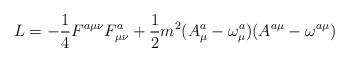
\begin{align*}L=-\frac 14F^{a\mu \nu }F_{\mu \nu }^a+\frac 12m^2(A_\mu ^a-\omega _\mu^a)(A^{a\mu }-\omega ^{a\mu })\end{align*}